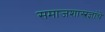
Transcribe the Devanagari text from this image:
समाजशास्त्रज्ञांचे